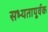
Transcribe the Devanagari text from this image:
सभ्यतापूर्वक